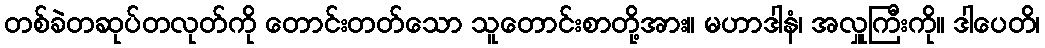
တစ်ခဲတဆုပ်တလုတ်ကို တောင်းတတ်သော သူတောင်းစာတို့အား။ မဟာဒါနံ၊ အလှူကြီးကို။ ဒါပေတိ၊